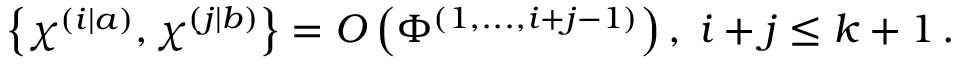
\left\{ \chi ^ { \left( i | a \right) } , \chi ^ { \left( j | b \right) } \right\} = O \left( \Phi ^ { \left( 1 , . . . , i + j - 1 \right) } \right) , \; i + j \leq k + 1 \, .